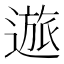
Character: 𲅭